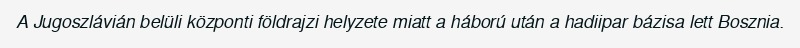
A Jugoszlávián belüli központi földrajzi helyzete miatt a háború után a hadiipar bázisa lett Bosznia.